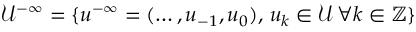
\mathcal { U } ^ { - \infty } = \{ u ^ { - \infty } = ( \ldots , u _ { - 1 } , u _ { 0 } ) , \, u _ { k } \in \mathcal { U } \, \forall k \in \mathbb { Z } \}